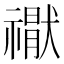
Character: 𮂘